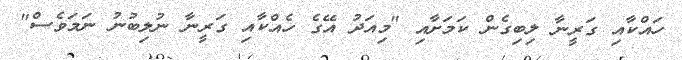
ހައްކާއި ގަރީނާ ލިބިގެން ކަމަށާއި "މިއަދު އޭގެ ހެއްކާއި ގަރީނާ ނުލިބުނު ނަމަވެސް"